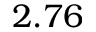
2 . 7 6